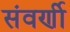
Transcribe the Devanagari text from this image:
संवर्णी